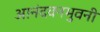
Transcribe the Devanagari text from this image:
आनंदवनभुवनी